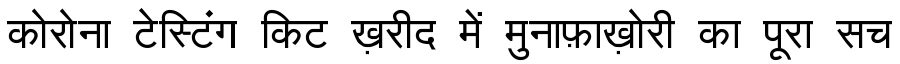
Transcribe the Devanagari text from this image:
कोरोना टेस्टिंग किट ख़रीद में मुनाफ़ाख़ोरी का पूरा सच